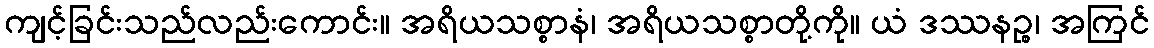
ကျင့်ခြင်းသည်လည်းကောင်း။ အရိယသစ္စာနံ၊ အရိယသစ္စာတို့ကို။ ယံ ဒဿနဉ္စ၊ အကြင်